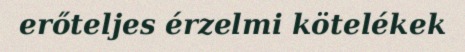
erőteljes érzelmi kötelékek